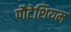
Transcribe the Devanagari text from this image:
पौटेशियम